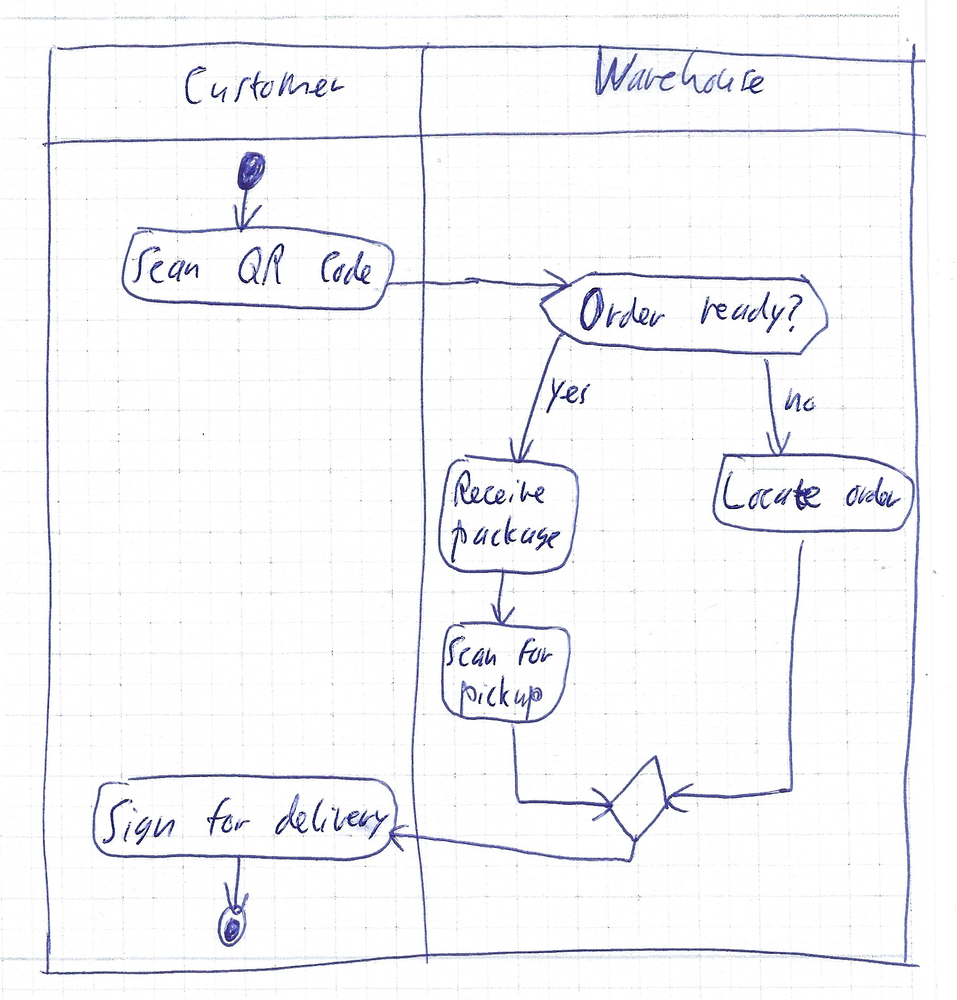
Diagram type: activity_diagram
```plantuml
@startuml

|Customer|
start
:Scan QR Code;
|Warehouse|
if (Order ready?) then (yes)
  :Receive package;
  :Scan for pickup;
else (no)
  :Locate order;
endif
|Customer|
:Sign for delivery;
stop

@enduml
```